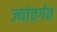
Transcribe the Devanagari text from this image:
ज्यांतर्गत